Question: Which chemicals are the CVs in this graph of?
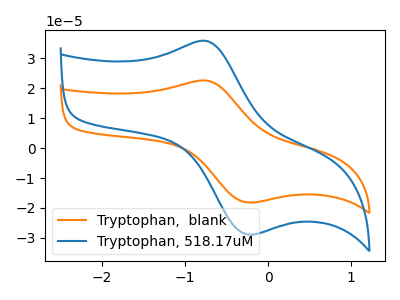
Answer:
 <answer>The orange curve is labeled "Tryptophan,  blank". The blue curve is labeled "Tryptophan, 518.17uM".</answer>
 <eval></eval>